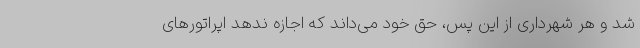
شد و هر شهرداری از این پس، حق خود می‌داند که اجازه ندهد اپراتورهای